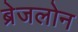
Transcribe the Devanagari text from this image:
ब्रेजलोन